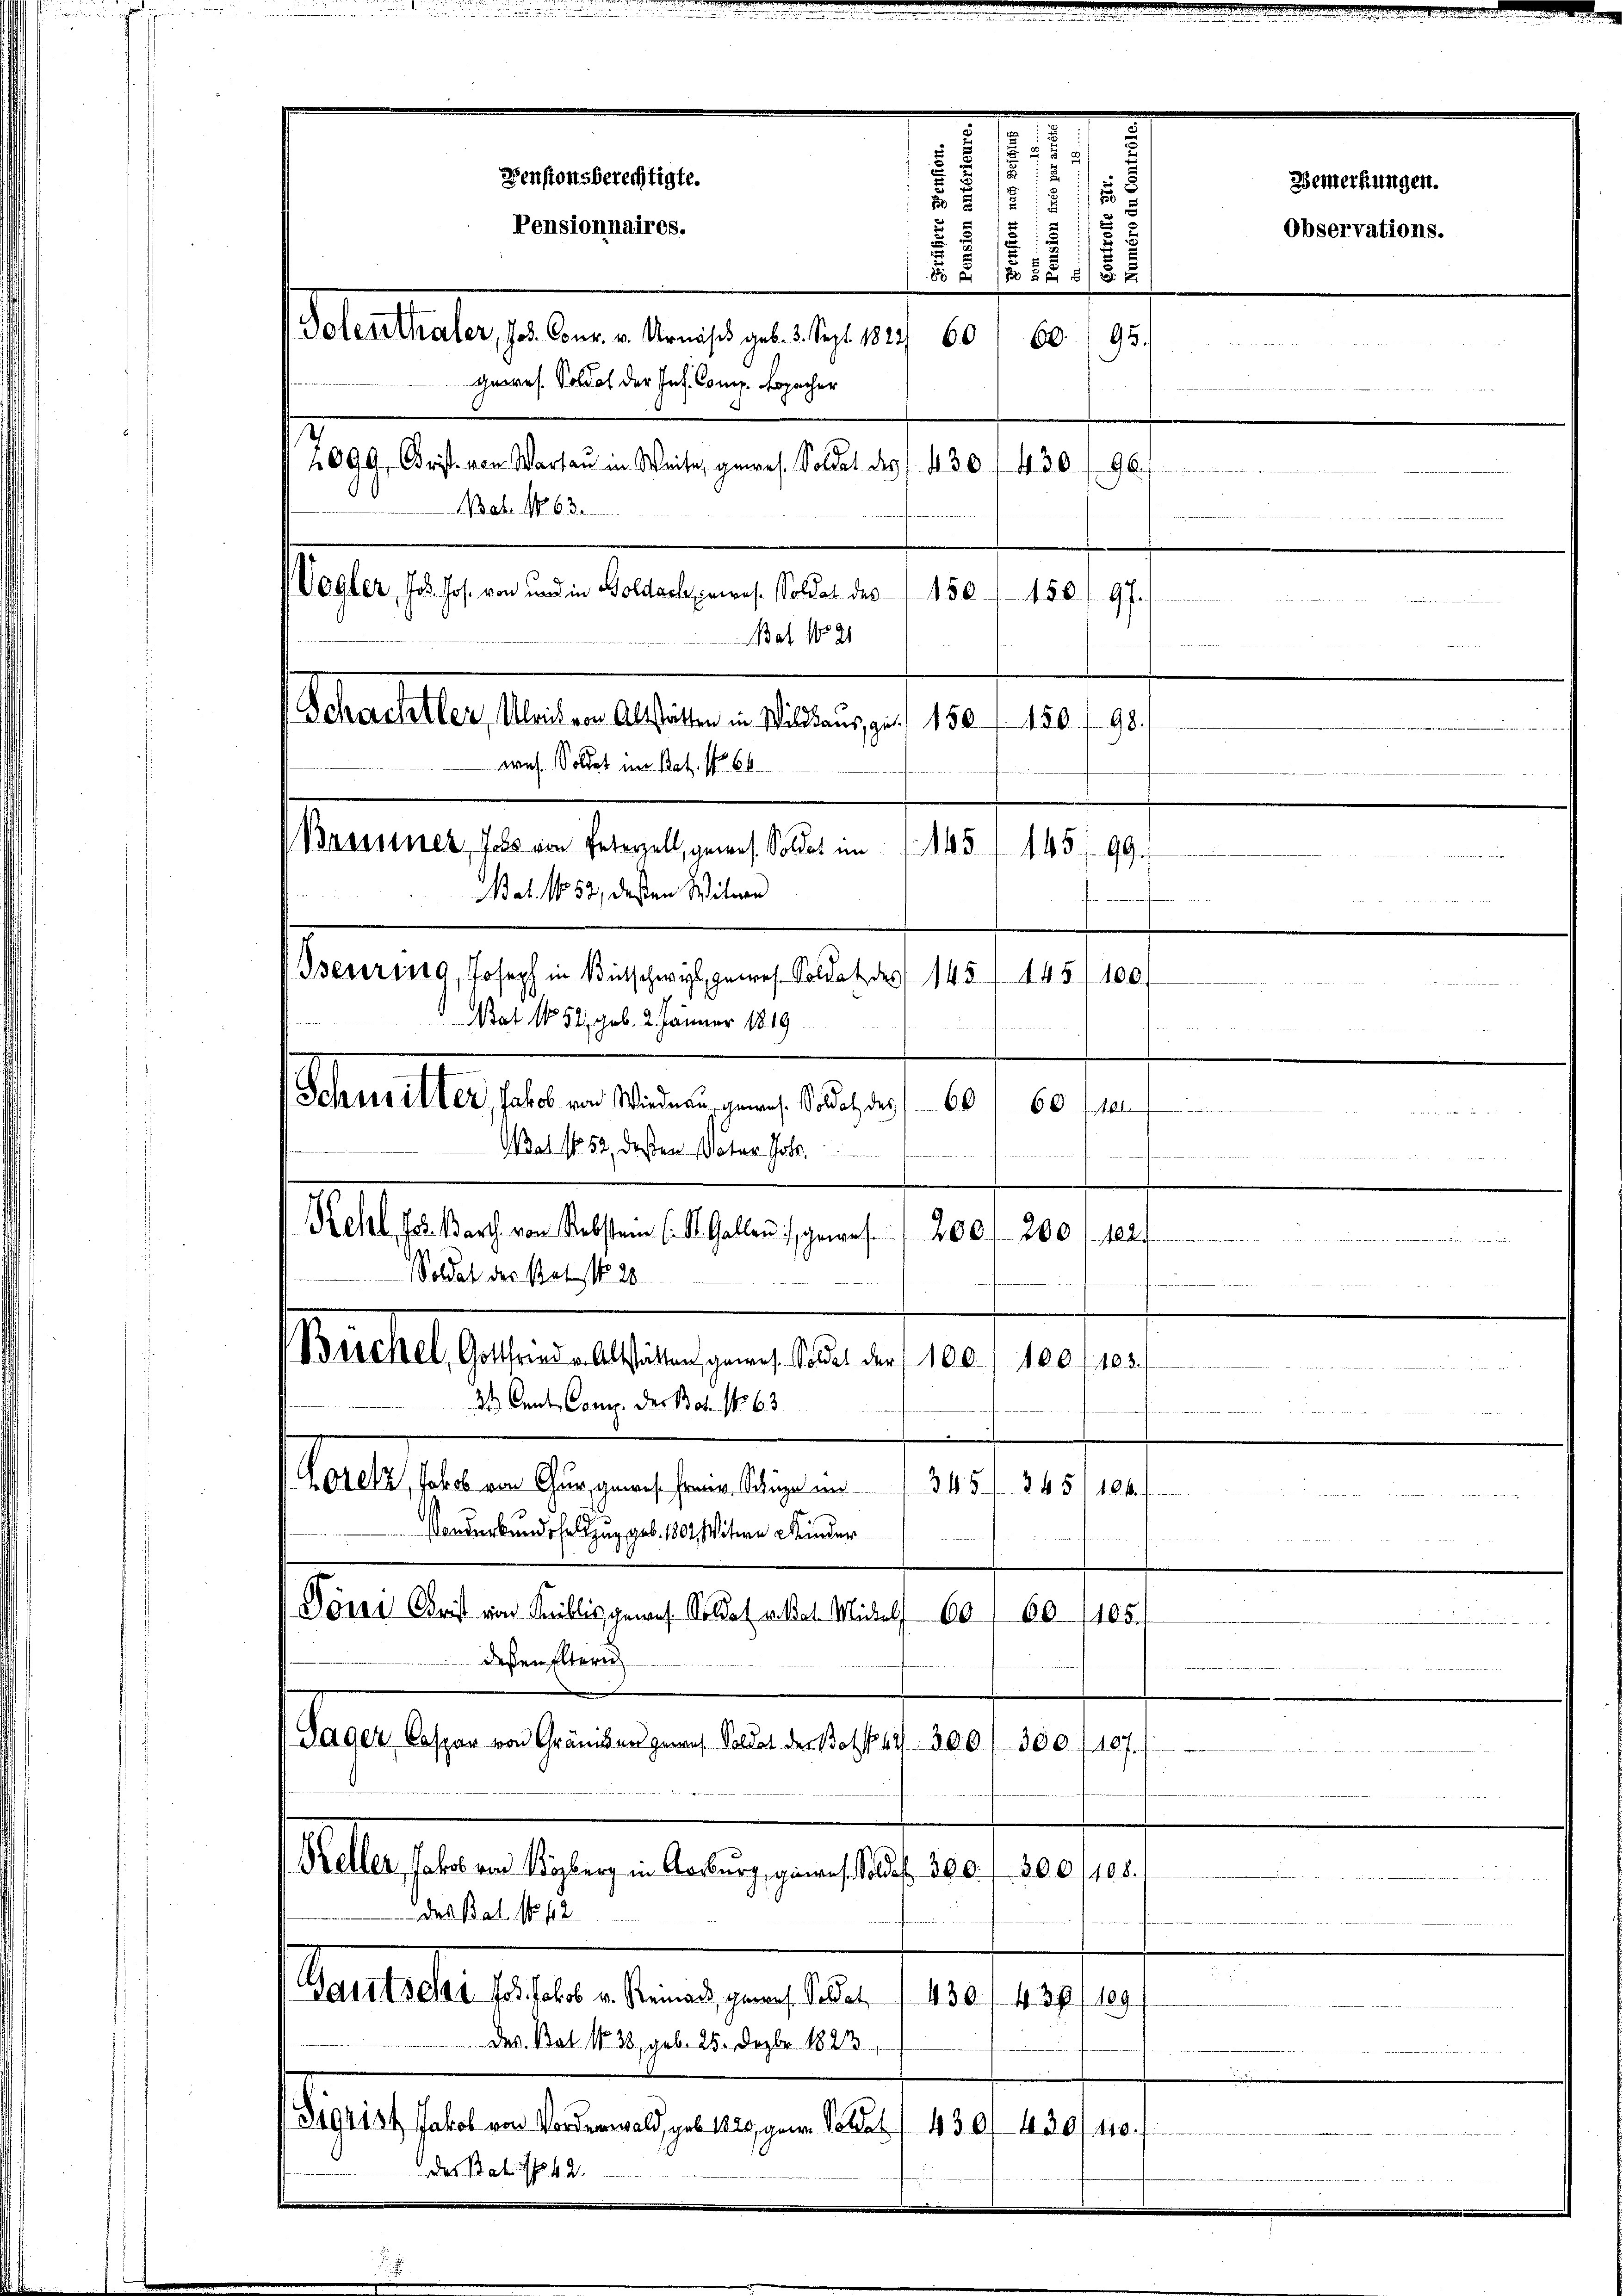
u
d
u

Venstonsberechtigte.

518
n
Pensionnaires.
x
.
15/1
testalte selben eine gerade 147. 10.
95.
60.
gerres. Soldat der Jos. Comp. Kopacher
099 Art von Worte in Weise gewes. Soldat des 1430, 430./96.)
Bat. N. 63.
Vogler, Jos. Jos. von und in Goldach, gewes. Soldat des
 , 11.
wegen
Bat 1821
herstelle, Seiten Alteren an den hat 1890.
450. 198.
was. Soldet im Bat. No 66
Brenner, das von Peterell, gewes. Soldet im
45.
459
Nat. No. 53, deßen Witwe
severing, Joseph in Betschwil, gewes. Soldat des 145, 145/100

Bat No 52, geb. 2. Jänner 1819
sheit les selben einigen eingen
60
s
de des der die
Wat No 52, deßen Vater Joh.
2
Mehl, Jos. Barth von Rebsten (: St. Gallen gewese 200 f 200 f 12

Soldat der statt 20
7
min
Muetel dessen lassen von 1850 u. 1801/ 1890. 90.
d Cent Conn. Der Brot. No 63
Lorenz, Jakob von Chur, gewes. Freien. Schüge un
3. 45 f. 86. 51104.
Sonderbunde Feldzug geb. 1804. Mitere Kinder
Toni Brist von Millis gewes. Soldat aldat Michels 60
60. 105.
deßen Elteri
Pager Caspar von Gräniken genes Soldat der Bote 1300.
s
e
Keller, Jakob von Kyburg in Aarburg, ginges. Soldest 300. f. 300 1408.
 des Bat. No. 42
Gauts das Jos. Jakob. v. Reinack, genaus. Soldat 430 f. 439
109.
Des. Bat. No 38, geb. 25. Dezbr. 1823.
Sigrist Jakob von Vorderwald, geb. 1829, gern Pollat I 430/ 430/ 110.
des Bat. f. 42.

Bemerkungen.

Observations.